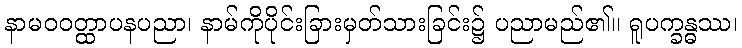
နာမဝဝတ္ထာပနပညာ၊ နာမ်ကိုပိုင်းခြားမှတ်သားခြင်း၌ ပညာမည်၏။ ရူပက္ခန္ဓဿ၊